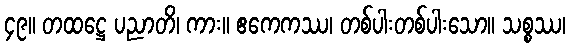
၄၉။ တထဋ္ဌေ ပညာတိ၊ ကား။ ဧကေကဿ၊ တစ်ပါးတစ်ပါးသော။ သစ္စဿ၊